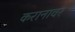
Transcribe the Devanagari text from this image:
करानावर